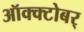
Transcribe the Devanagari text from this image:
ऑक्क्टोबर्